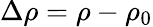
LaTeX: \Delta\rho=\rho-\rho_{0}